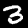
Label: 3